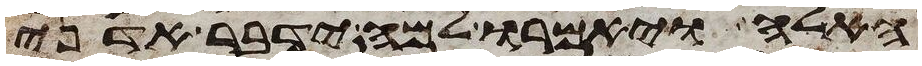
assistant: האלה ויאמרו למה ידבר אדני